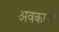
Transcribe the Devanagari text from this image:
अवकाशॉ